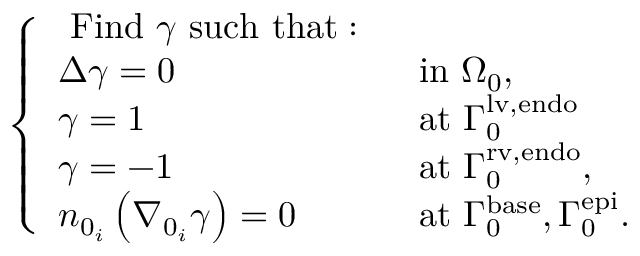
\left\{ \begin{array} { l l } { \mathrm { ~ F i n d ~ } \gamma \mathrm { ~ s u c h ~ t h a t : ~ } } & \\ { \Delta \gamma = 0 } & { \mathrm { ~ i n ~ } { \Omega } _ { 0 } , } \\ { \gamma = 1 } & { \mathrm { ~ a t ~ } { \Gamma } _ { 0 } ^ { \mathrm { l v , e n d o } } } \\ { \gamma = - 1 } & { \mathrm { ~ a t ~ } { \Gamma } _ { 0 } ^ { \mathrm { r v , e n d o } } , } \\ { n _ { 0 _ { i } } \left( \nabla _ { 0 _ { i } } \gamma \right) = 0 } & { \mathrm { ~ a t ~ } { \Gamma } _ { 0 } ^ { \mathrm { b a s e } } , { \Gamma } _ { 0 } ^ { \mathrm { e p i } } . } \end{array} \right.